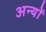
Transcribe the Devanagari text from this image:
अन्‍यों